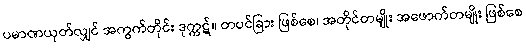
ပမာဏယုတ်လျှင် အကွက်တိုင်း ဒုက္ကဋ်။ တပင်ခြား ဖြစ်စေ၊ အတိုင်တမျိုး အဖောက်တမျိုး ဖြစ်စေ